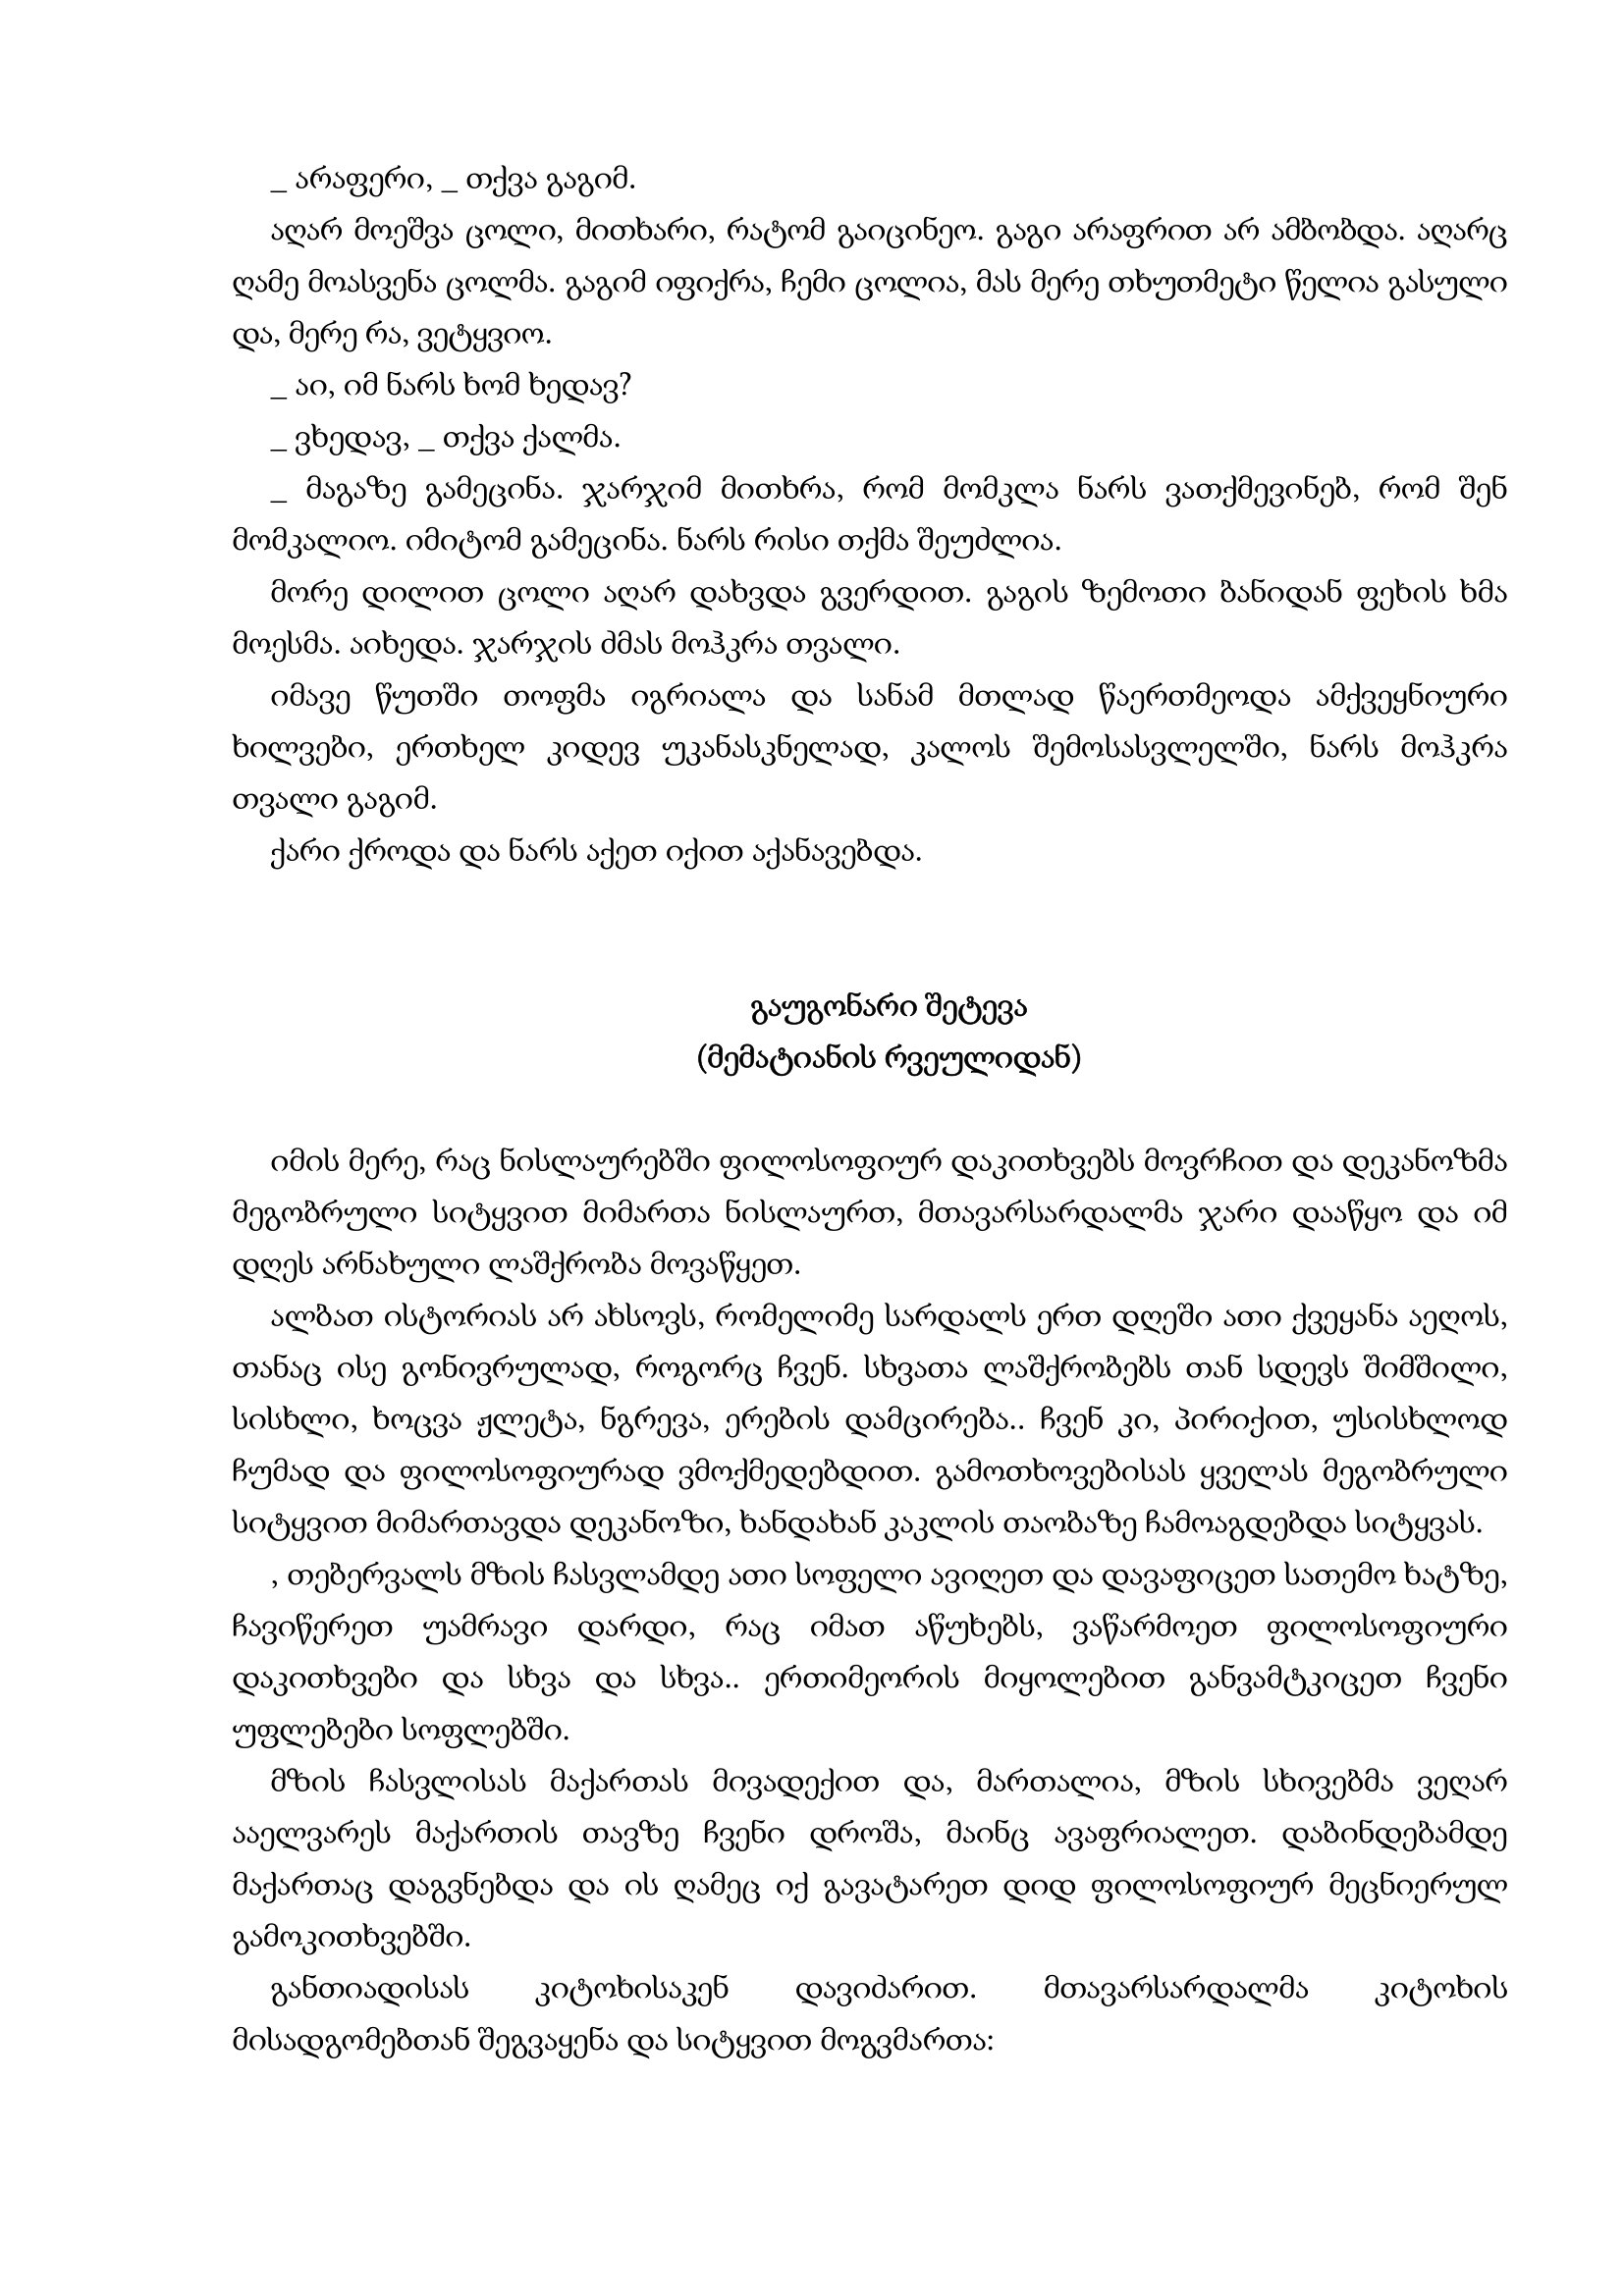
Language: gr